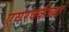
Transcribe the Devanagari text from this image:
एयरवर्कच्या